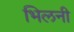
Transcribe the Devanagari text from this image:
भिलनी